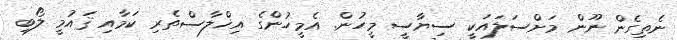
ނެތިގެން ނޫން މަށްސަލައަކީ ސިޔާސީ މީހުން. އެމީހުންގެ އިޚްލާސްތެރި ކަމާއި ޤައުމީ ލޯބި